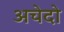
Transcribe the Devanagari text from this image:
अचेदो